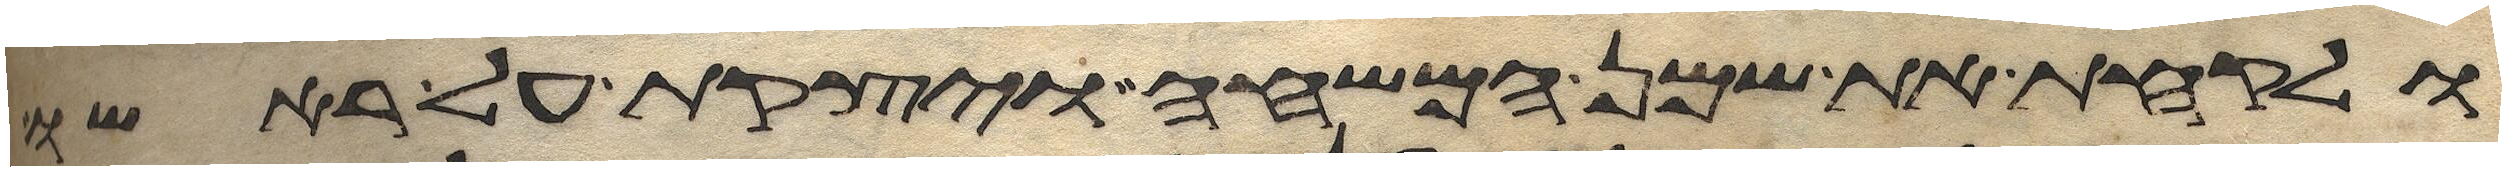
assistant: ולקחת את שמן המשחה ויצקת על ראשו